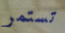
تستمر